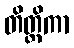
တိတ္တိကာ